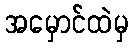
အမှောင်ထဲမှ